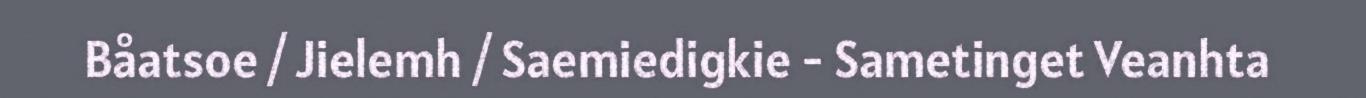
Båatsoe / Jielemh / Saemiedigkie - Sametinget Veanhta